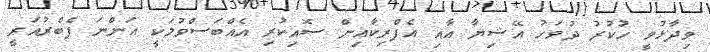
ވިދާޅުވީ ހުކުރު ދުވަހު އޭޝިޔާ އާއި އެފްރިކާއިން ސޮއިކުރި އެއްބަސްވުމަކީ އަންނަ ފެބްރުއަރީ